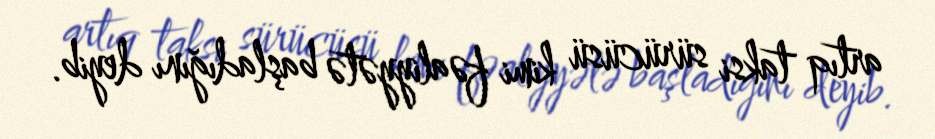
artıq taksi sürücüsü kimi fəaliyyətə başladığını deyib.